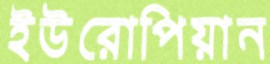
ইউরোপিয়ান